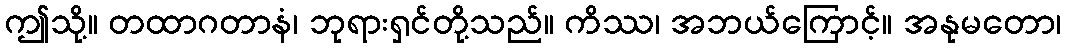
ဤသို့။ တထာဂတာနံ၊ ဘုရားရှင်တို့သည်။ ကိဿ၊ အဘယ်ကြောင့်။ အနုမတော၊